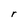
Character: r